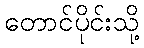
တောင်ပိုင်းသို့